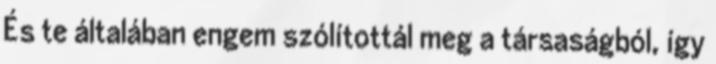
És te általában engem szólítottál meg a társaságból, így